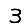
Digit: 3